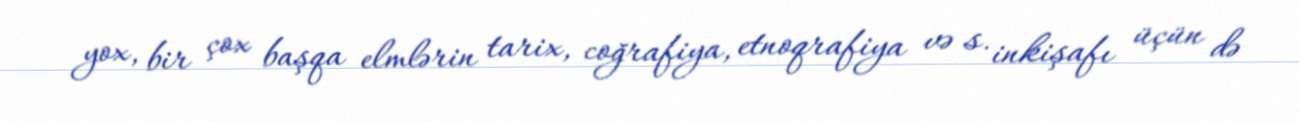
yox, bir çox başqa elmlərin tarix, coğrafiya, etnoqrafiya və s. inkişafı üçün də